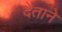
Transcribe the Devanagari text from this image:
देताने